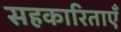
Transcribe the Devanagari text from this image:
सहकारिताएँ